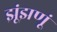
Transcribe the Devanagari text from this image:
झूंझणूं